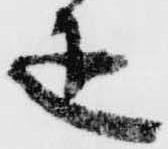
疋